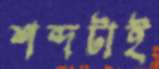
শব্দটাই